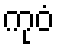
ကုဝံ